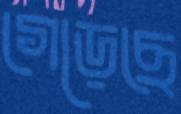
গেড়েছে